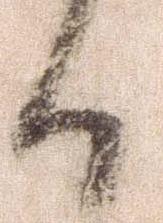
日